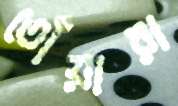
তোঁয়ারা